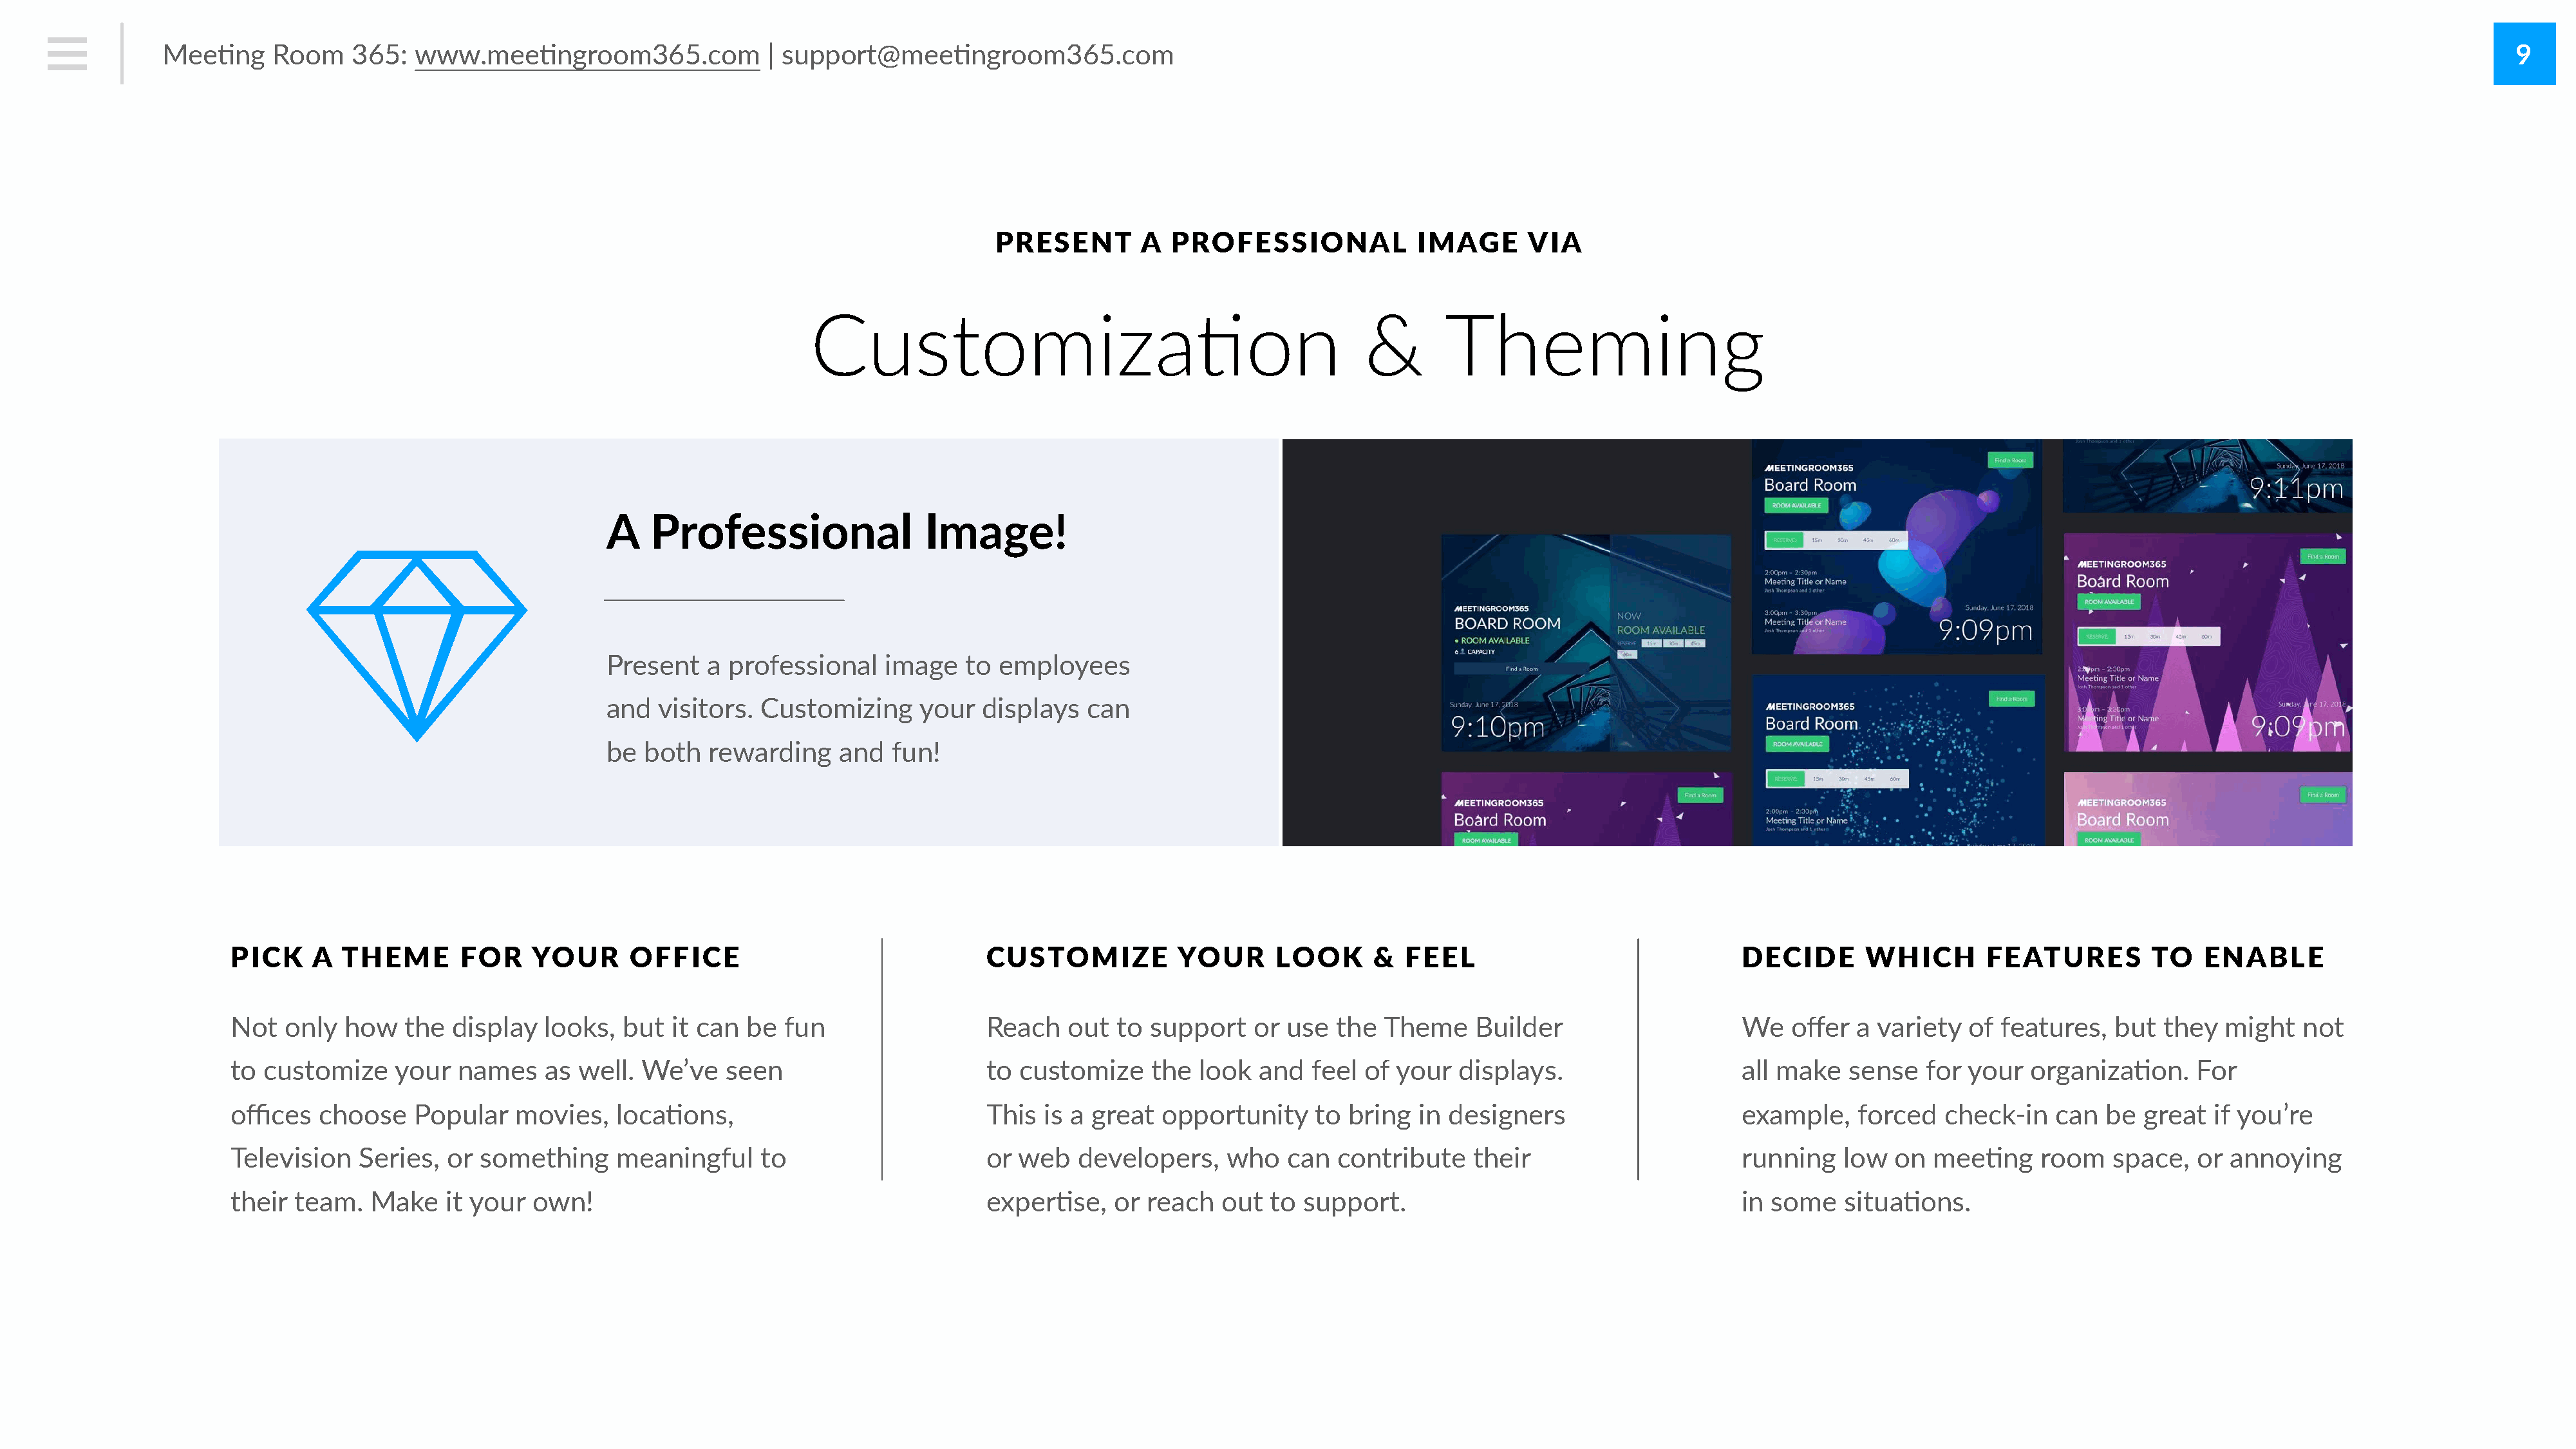
Mee#ng     Room    365:   www.mee#ngroom365.com               | support@mee#ngroom365.com                                                                                                                                                         9
 PRESENT        A  PROFESSIONAL              IMAGE      VIA
 Customiza,on                                             &        Theming
 A    Professional                Image!
 Present    a professional    image   to  employees
 and   visitors. Customizing      your  displays   can
 be  both   rewarding    and   fun!
 PICK    A  THEME       FOR     YOUR      OFFICE                              CUSTOMIZE           YOUR      LOOK      &  FEEL                               DECIDE       WHICH       FEATURES         TO    ENABLE
 Not  only  how    the  display  looks,  but  it can  be  fun                 Reach    out  to support    or use  the  Theme     Builder                    We   offer  a variety  of  features,  but  they   might   not
 to customize     your  names    as well.  We’ve    seen                      to  customize    the  look  and   feel of  your  displays.                    all make   sense   for your   organiza#on.     For
 offices  choose    Popular   movies,   loca#ons,                             This  is a great  opportunity     to  bring  in designers                     example,    forced   check-in   can   be great   if you’re
 Television   Series,  or something     meaningful     to                     or  web   developers,    who   can   contribute   their                       running   low   on  mee#ng     room   space,   or annoying
 their team.   Make    it your  own!                                          exper#se,     or reach   out  to support.                                     in some    situa#ons.